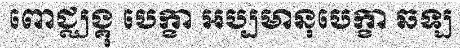
ពោជ្ឈង្គុ បេក្ខា អប្បមានុបេក្ខា ឆឡ